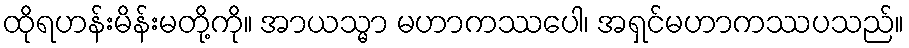
ထိုရဟန်းမိန်းမတို့ကို။ အာယသ္မာ မဟာကဿပေါ၊ အရှင်မဟာကဿပသည်။